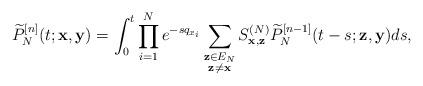
LaTeX: \begin{align*}\widetilde{P}_N^{[n]}(t; \mathbf{x}, \mathbf{y}) = \int_0^t{\prod_{i=1}^N{e^{-sq_{x_i}}}\sum_{\substack{\mathbf{z}\in E_N \\\mathbf{z}\neq\mathbf{x}}}{S^{(N)}_{\mathbf{x}, \mathbf{z}}\widetilde{P}_N^{[n-1]}(t-s; \mathbf{z}, \mathbf{y})}ds},\end{align*}